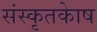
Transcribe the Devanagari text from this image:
संस्कृतकाेष